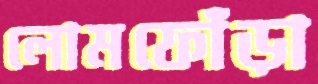
লোমফোঁড়া